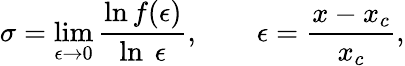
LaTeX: \sigma=\operatorname*{lim}_{\epsilon\rightarrow 0}\frac{\ln f(\epsilon)}{\ln\ \epsilon},\ ~~~~~~\ \epsilon=\frac{x-x_{c}}{x_{c}},